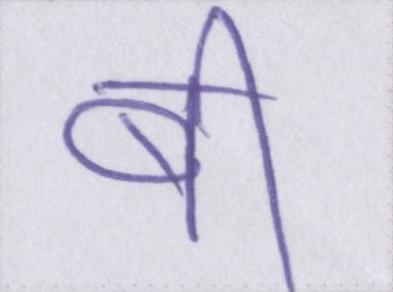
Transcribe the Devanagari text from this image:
बी